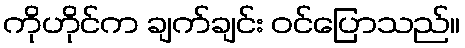
ကိုဟိုင်က ချက်ချင်း ဝင်ပြောသည်။